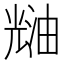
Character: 𰃑